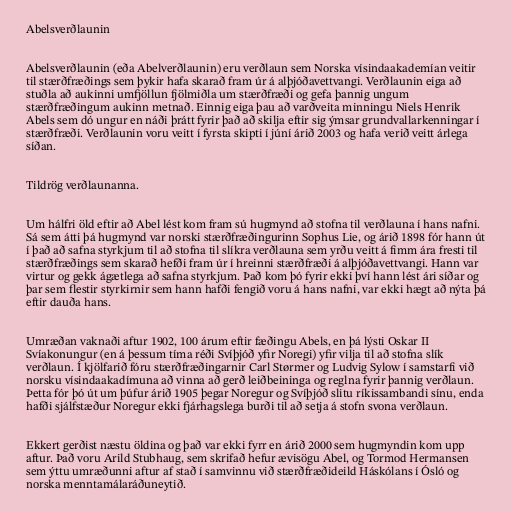
Abelsverðlaunin

Abelsverðlaunin (eða Abelverðlaunin) eru verðlaun sem Norska vísindaakademían veitir
til stærðfræðings sem þykir hafa skarað fram úr á alþjóðavettvangi. Verðlaunin eiga að
stuðla að aukinni umfjöllun fjölmiðla um stærðfræði og gefa þannig ungum
stærðfræðingum aukinn metnað. Einnig eiga þau að varðveita minningu Niels Henrik
Abels sem dó ungur en náði þrátt fyrir það að skilja eftir sig ýmsar grundvallarkenningar í
stærðfræði. Verðlaunin voru veitt í fyrsta skipti í júní árið 2003 og hafa verið veitt árlega
síðan.

Tildrög verðlaunanna.

Um hálfri öld eftir að Abel lést kom fram sú hugmynd að stofna til verðlauna í hans nafni.
Sá sem átti þá hugmynd var norski stærðfræðingurinn Sophus Lie, og árið 1898 fór hann út
í það að safna styrkjum til að stofna til slíkra verðlauna sem yrðu veitt á fimm ára fresti til
stærðfræðings sem skarað hefði fram úr í hreinni stærðfræði á alþjóðavettvangi. Hann var
virtur og gekk ágætlega að safna styrkjum. Það kom þó fyrir ekki því hann lést ári síðar og
þar sem flestir styrkirnir sem hann hafði fengið voru á hans nafni, var ekki hægt að nýta þá
eftir dauða hans.

Umræðan vaknaði aftur 1902, 100 árum eftir fæðingu Abels, en þá lýsti Oskar II
Svíakonungur (en á þessum tíma réði Svíþjóð yfir Noregi) yfir vilja til að stofna slík
verðlaun. Í kjölfarið fóru stærðfræðingarnir Carl Størmer og Ludvig Sylow í samstarfi við
norsku vísindaakadímuna að vinna að gerð leiðbeininga og reglna fyrir þannig verðlaun.
Þetta fór þó út um þúfur árið 1905 þegar Noregur og Svíþjóð slitu ríkissambandi sínu, enda
hafði sjálfstæður Noregur ekki fjárhagslega burði til að setja á stofn svona verðlaun.

Ekkert gerðist næstu öldina og það var ekki fyrr en árið 2000 sem hugmyndin kom upp
aftur. Það voru Arild Stubhaug, sem skrifað hefur ævisögu Abel, og Tormod Hermansen
sem ýttu umræðunni aftur af stað í samvinnu við stærðfræðideild Háskólans í Ósló og
norska menntamálaráðuneytið.